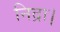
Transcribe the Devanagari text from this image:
निद्रा।